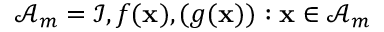
\mathcal { A } _ { m } = \mathcal { I } , f ( \ensuremath { \mathbf { x } } ) , ( g ( \ensuremath { \mathbf { x } } ) ) : \ensuremath { \mathbf { x } } \in \mathcal { A } _ { m }